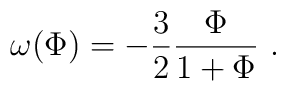
\omega (\Phi ) = -{3\over 2} {\Phi \over 1+ \Phi }  \ .